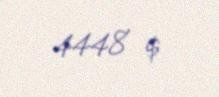
4448 $